Source: Handwritten
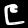
Digit: ၉ (9)